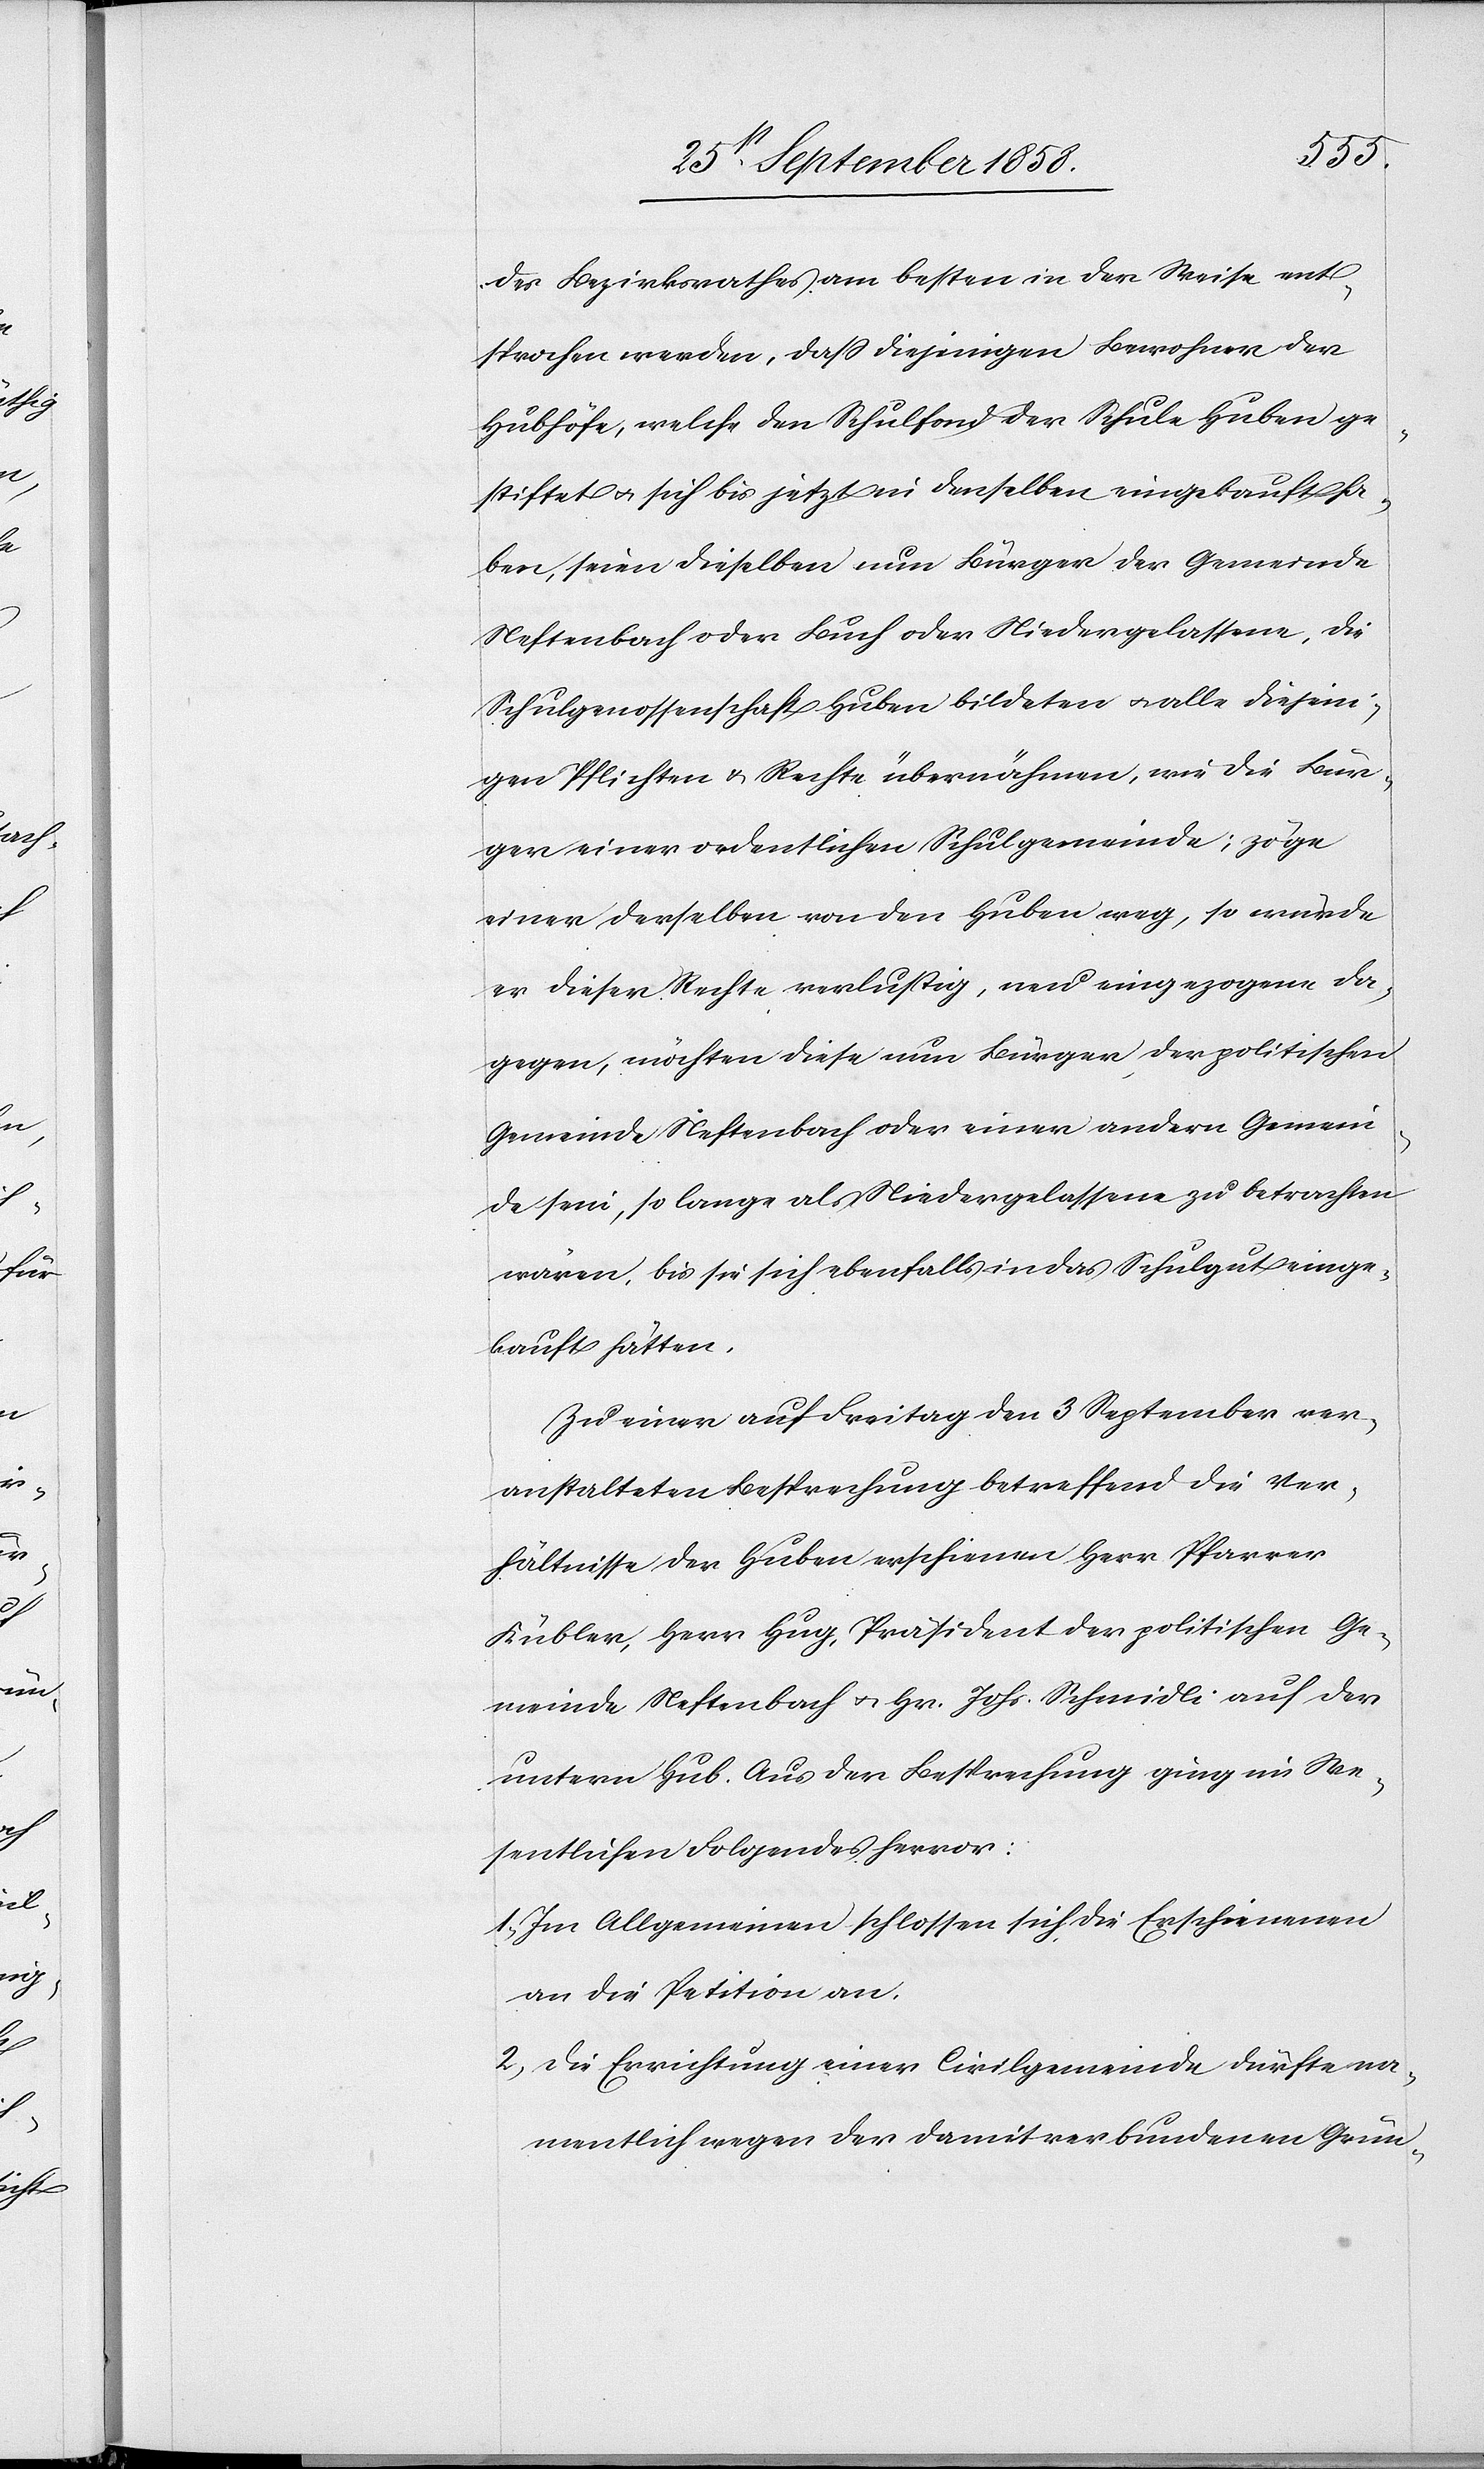
des Bezirksrathes am besten in der Weise ent¬
sprochen werden, dass diejenigen Bewohner der
Hubhöfe, welche den Schulfond der Schule Huben ge¬
stiftet & sich bis jetzt in denselben eingekauft ha¬
ben, seien dieselben nun Bürger der Gemeinde
Neftenbach oder Buch oder Niedergelassene, die
Schulgenossenschaft Huben bildeten & alle diejeni¬
gen Pflichten & Rechte übernähmen, wie die Bür¬
ger einer ordentlichen Schulgemeinde; zöge
einer derselben von den Huben weg, so würde
er dieser Rechte verlustig, neu eingezogene da¬
gegen, möchten diese nun Bürger der politischen
Gemeinde Neftenbach oder einer andern Gemein¬
de sein, so lange als Niedergelassene zu betrachten
wären, bis sie sich ebenfalls in das Schulgut einge¬
kauft hätten.
Zu einer auf Freitag den 3 September ver¬
anstalteten Besprechung betreffend die Ver¬
hältnisse der Huben erschienen Herr Pfarrer
Kübler, Herr Hug, Präsident der politischen Ge¬
meinde Neftenbach & Hr. Johs. Schmidli auf der
untern Hub. Aus der Besprechung ging im We¬
sentlichen Folgendes hervor:
1. Im Allgemeinen schlossen sich die Erschienenen
an die Petition an.
2. Die Errichtung einer Civilgemeinde dürfte na¬
mentlich wegen der damit verbundenen Grün-